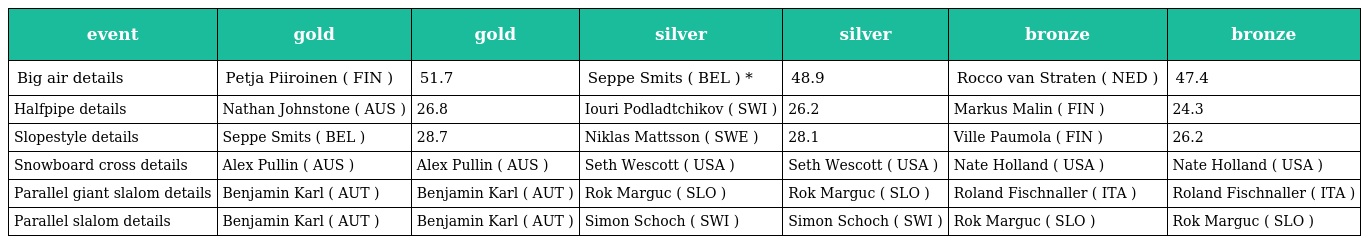
| event | gold | gold | silver | silver | bronze | bronze |
 | --- | --- | --- | --- | --- | --- | --- |
 | Big air details | Petja Piiroinen ( FIN ) | 51.7 | Seppe Smits ( BEL ) * | 48.9 | Rocco van Straten ( NED ) | 47.4 |
 | Halfpipe details | Nathan Johnstone ( AUS ) | 26.8 | Iouri Podladtchikov ( SWI ) | 26.2 | Markus Malin ( FIN ) | 24.3 |
 | Slopestyle details | Seppe Smits ( BEL ) | 28.7 | Niklas Mattsson ( SWE ) | 28.1 | Ville Paumola ( FIN ) | 26.2 |
 | Snowboard cross details | Alex Pullin ( AUS ) | Alex Pullin ( AUS ) | Seth Wescott ( USA ) | Seth Wescott ( USA ) | Nate Holland ( USA ) | Nate Holland ( USA ) |
 | Parallel giant slalom details | Benjamin Karl ( AUT ) | Benjamin Karl ( AUT ) | Rok Marguc ( SLO ) | Rok Marguc ( SLO ) | Roland Fischnaller ( ITA ) | Roland Fischnaller ( ITA ) |
 | Parallel slalom details | Benjamin Karl ( AUT ) | Benjamin Karl ( AUT ) | Simon Schoch ( SWI ) | Simon Schoch ( SWI ) | Rok Marguc ( SLO ) | Rok Marguc ( SLO ) |